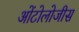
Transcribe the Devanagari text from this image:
ओंटोलोजीस